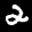
Label: 2